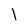
Character: I